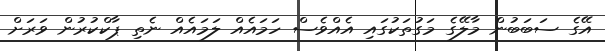
އޭގެ ސަބަބުން މާލޭގެ މަގުތަކުގައި އެއްވެސް ހަމައެއް ލަމައެއް ނެތި ޕާކްކުރުން ވަރަށް